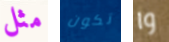
مثل تكون وا